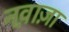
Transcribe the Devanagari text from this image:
नव़ाज़ा